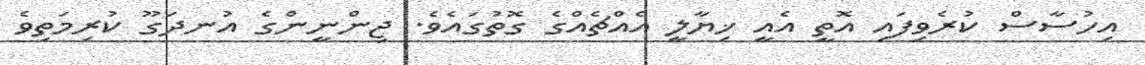
އިހުސާސް ކުރެވިފައި އޮތީ އެއީ ޚިޔާލީ އެއްޗެއްގެ ގޮތުގައެވެ. ޖިންނީންގެ އުނދަގޫ ކުރިމަތިވެ